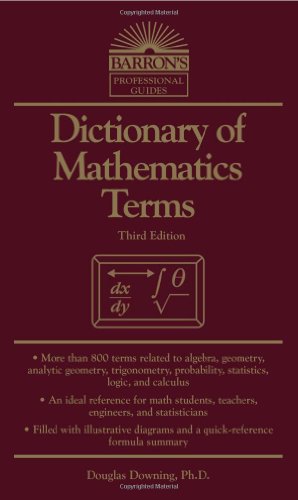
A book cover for Dictionary of Mathematics Terms (Barron's Professional Guides); Douglas Downing; Science & Math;